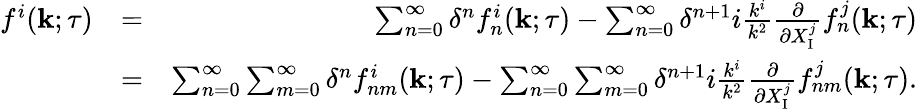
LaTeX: \begin{array}{rlr}{f^{i}({\mathbf{k}};\tau)}&{=}&{\sum_{n=0}^{\infty}\delta^{n}f_{n}^{i}({\mathbf{k}};\tau)-\sum_{n=0}^{\infty}\delta^{n+1}i\frac{k^{i}}{k^{2}}\frac{\partial}{\partial X_{\mathrm{{I}}}^{j}}f_{n}^{j}({\mathbf{k}};\tau)}\\ &{=}&{\sum_{n=0}^{\infty}\sum_{m=0}^{\infty}\delta^{n}f_{nm}^{i}({\mathbf{k}};\tau)-\sum_{n=0}^{\infty}\sum_{m=0}^{\infty}\delta^{n+1}i\frac{k^{i}}{k^{2}}\frac{\partial}{\partial X_{\mathrm{I}}^{j}}f_{nm}^{j}({\mathbf{k}};\tau).}\end{array}